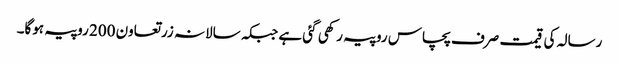
رسالہ کی قیمت صرف پچاس روپیہ رکھی گئی ہے جبکہ سالانہ زرتعاون 200 روپیہ ہوگا۔